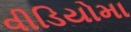
વીડિયોમા